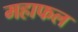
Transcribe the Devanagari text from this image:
महाफल